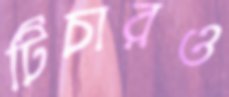
টিচারও